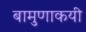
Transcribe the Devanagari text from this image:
बामुणाकयी